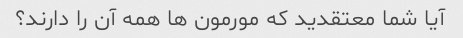
آیا شما معتقدید که مورمون ها همه آن را دارند؟